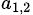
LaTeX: _{a_{1,2}}